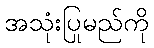
အသုံးပြုမည်ကို